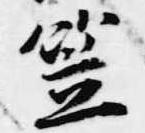
笠